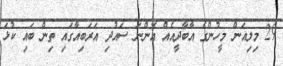
29 މިލިއަން މީހުންގެ އާބާދީއެއް އޮންނަ ސައުދި އަރަބިއާގައި ތިން ބައި ކުޅަ